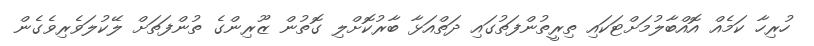
ހުރިހާ ކަމެއް އޮއްބާލުމަށްޓަކައި ތިރީތުންފަތުގައި ދަތްއަޅާ ބާރުކޮށްލި ގޮތުން ޒޫރިންގެ ތުންފަތަށް ލޭކުލަވެރިވެގެން